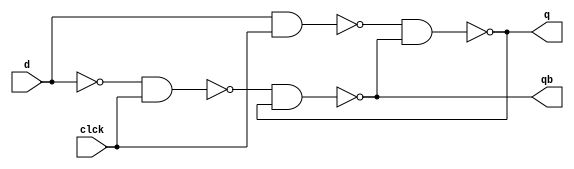
`timescale 1ns / 1ps
// D flipflop Data or Delay flipflop
module D_Flipflop(
    input d,clck,
    output q,qb
    );
    wire w1,w2,w3;
    not g(w1,d);
    nand n1(w2,d,clck);
    nand n2(w3,w1,clck);
    nand n3(q,w2,qb);  // can also use d latch using nand
    nand n4(qb,w3,q);
    
endmodule